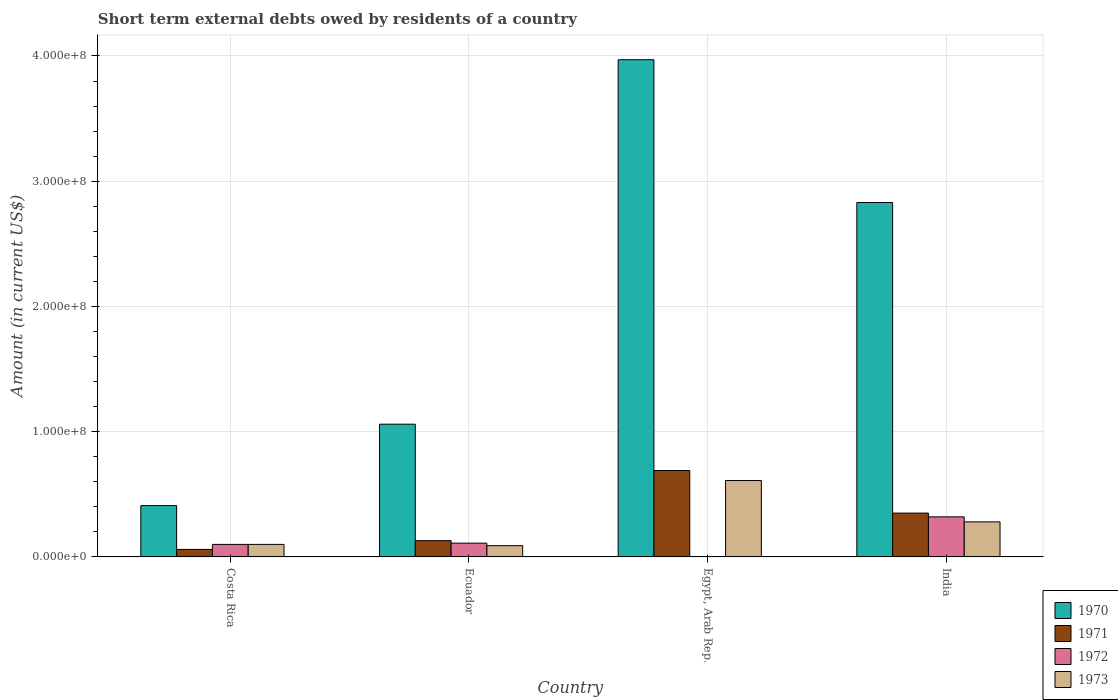
| Country | 1970 | 1971 | 1972 | 1973 |
 | --- | --- | --- | --- | --- |
 | Costa Rica | 4.1e+07 | 6e+06 | 1e+07 | 1e+07 |
 | Ecuador | 1.06e+08 | 1.3e+07 | 1.1e+07 | 9e+06 |
 | Egypt, Arab Rep. | 3.97e+08 | 6.9e+07 | -3e+06 | 6.1e+07 |
 | India | 2.83e+08 | 3.5e+07 | 3.2e+07 | 2.8e+07 |